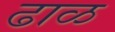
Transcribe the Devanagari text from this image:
ढाळ